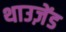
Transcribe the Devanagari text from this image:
थाउज़ेंड